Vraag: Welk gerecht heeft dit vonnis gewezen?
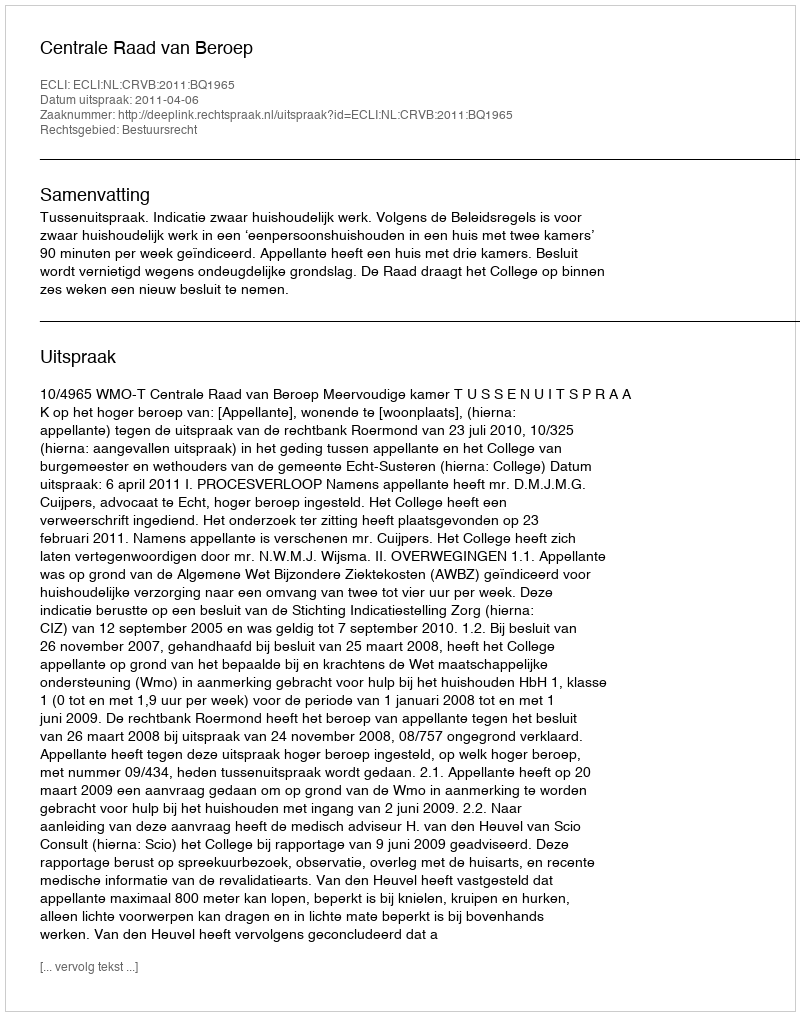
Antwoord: Centrale Raad van Beroep